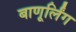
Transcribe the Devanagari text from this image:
बाणूर्लिंग